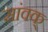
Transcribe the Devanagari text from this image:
सांवक्